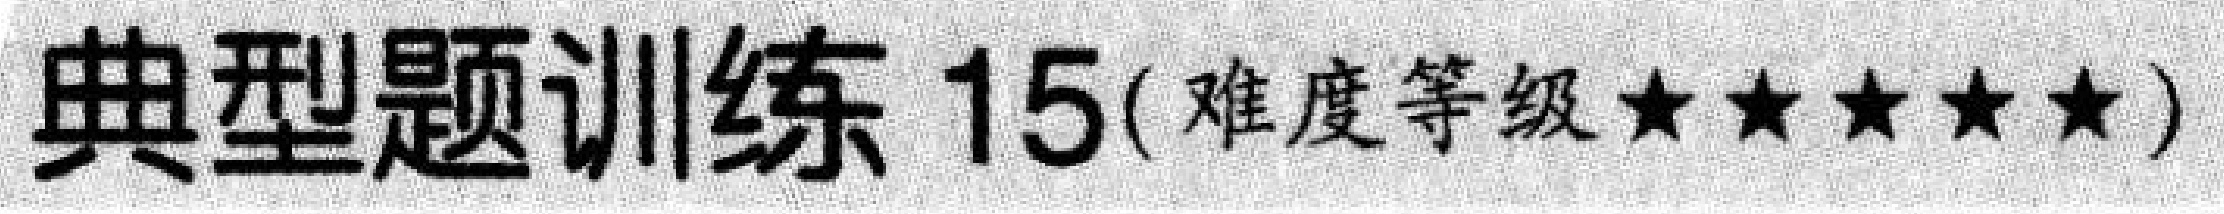
典型题训练 15(难度等级★★★★★)